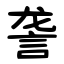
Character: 詟